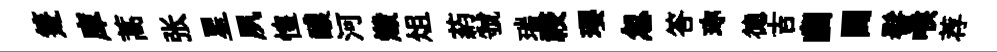
箑庫蒿张星夙惶醲河燬俎葯虢瑞祲瓔忽答珎德吉幽闢髻喉荐